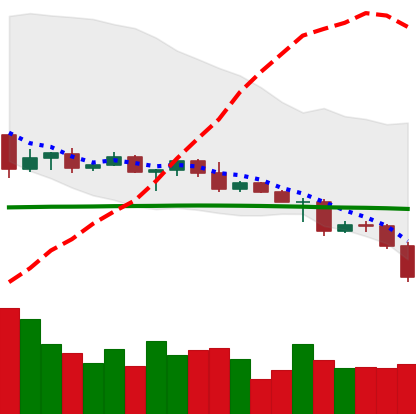
Ticker: ETC-USD
Chart end date: 2022-04-30
Forward return: 9.158%
Label: up_7plus